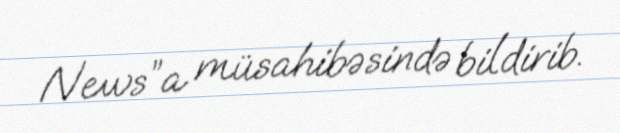
News”a müsahibəsində bildirib.